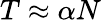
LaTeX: T\approx\alpha N